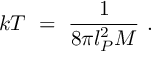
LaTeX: k T \ = \ \frac { 1 } { 8 \pi l _ { P } ^ { 2 } M } \ .